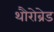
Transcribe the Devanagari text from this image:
थौरोब्रेड